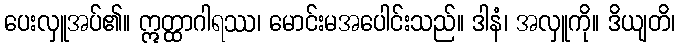
ပေးလှူအပ်၏။ ဣတ္ထာဂါရဿ၊ မောင်းမအပေါင်းသည်။ ဒါနံ၊ အလှူကို။ ဒိယျတိ၊